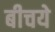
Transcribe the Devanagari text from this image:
बीचये